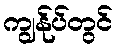
ကျွန်ုပ်တွင်